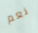
نعم